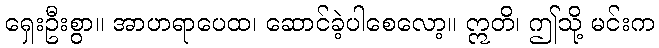
ရှေးဦးစွာ။ အာဟရာပေထ၊ ဆောင်ခဲ့ပါစေလော့။ ဣတိ၊ ဤသို့ မင်းက